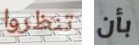
تنظروا بأن